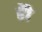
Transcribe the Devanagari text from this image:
हेेो